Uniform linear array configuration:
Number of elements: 4
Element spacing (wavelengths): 0.75
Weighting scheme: hann
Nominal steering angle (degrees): -45
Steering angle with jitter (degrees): -44.143
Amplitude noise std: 0.05
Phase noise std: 0.05

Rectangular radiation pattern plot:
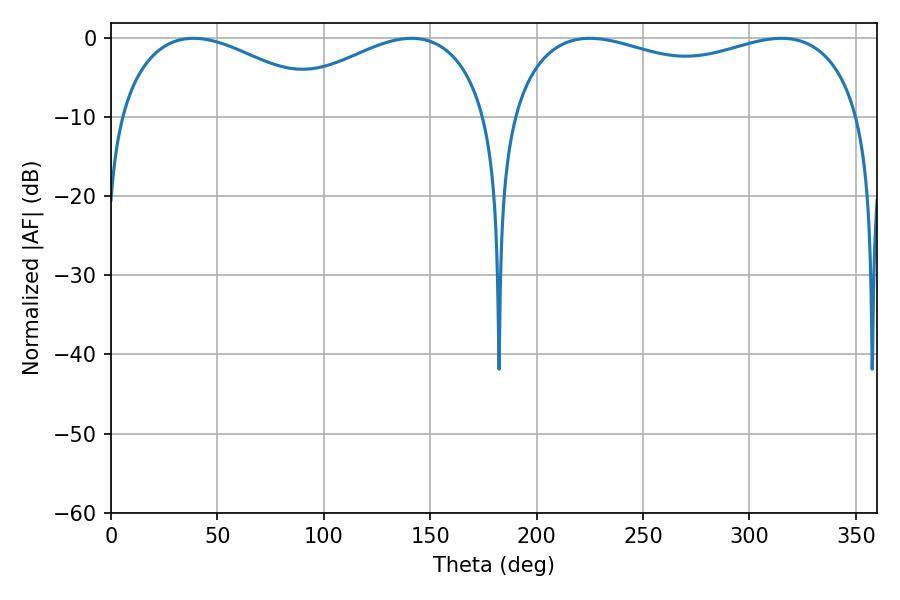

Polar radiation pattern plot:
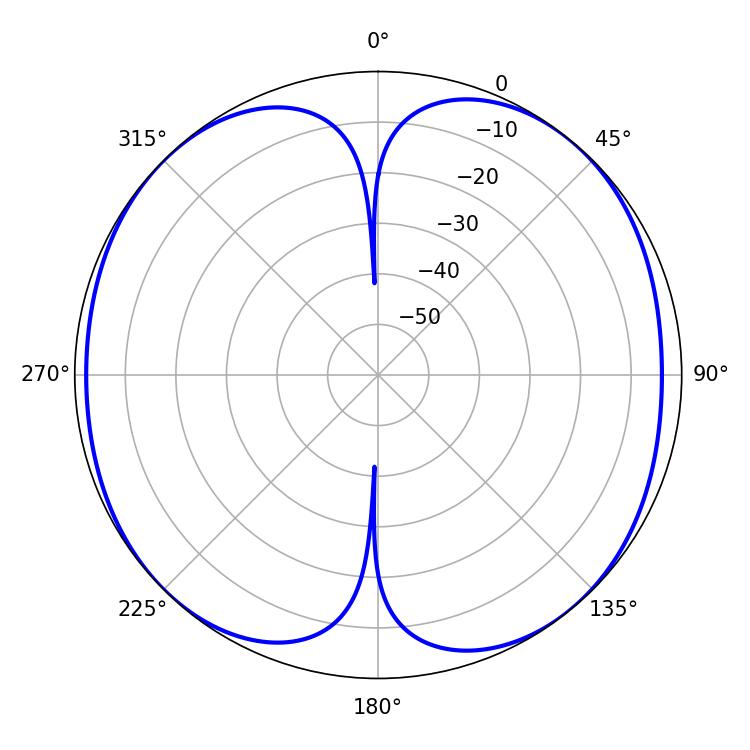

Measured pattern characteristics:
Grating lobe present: TRUE
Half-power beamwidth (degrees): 136.08
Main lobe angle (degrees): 225